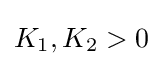
K_{1},K_{2}>0